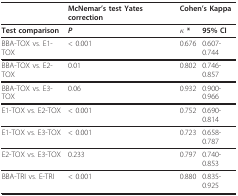
<table><thead><tr><td></td><td><b>McNemar&#x27;s test Yates correction</b></td><td colspan="2"><b>Cohen&#x27;s Kappa</b></td></tr></thead><tbody><tr><td><b>Test comparison</b></td><td><b><i>P</i></b></td><td><b><i>κ </i>*</b></td><td><b>95% CI</b></td></tr><tr><td>BBA-TOX vs. E1-TOX</td><td>&lt; 0.001</td><td>0.676</td><td>0.607-0.744</td></tr><tr><td>BBA-TOX vs. E2-TOX</td><td>0.01</td><td>0.802</td><td>0.746-0.857</td></tr><tr><td>BBA-TOX vs. E3-TOX</td><td>0.06</td><td>0.932</td><td>0.900-0.966</td></tr><tr><td>E1-TOX vs. E2-TOX</td><td>&lt; 0.001</td><td>0.752</td><td>0.690-0.814</td></tr><tr><td>E1-TOX vs. E3-TOX</td><td>&lt; 0.001</td><td>0.723</td><td>0.658-0.787</td></tr><tr><td>E2-TOX vs. E3-TOX</td><td>0.233</td><td>0.797</td><td>0.740-0.853</td></tr><tr><td>BBA-TRI vs. E-TRI</td><td>&lt; 0.001</td><td>0.880</td><td>0.835-0.925</td></tr></tbody></table>